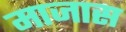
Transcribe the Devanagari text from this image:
माजास